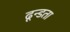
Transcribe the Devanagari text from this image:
ढून्डता